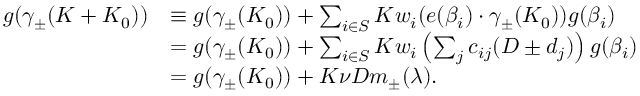
\begin{array} { r l } { g ( \gamma _ { \pm } ( K + K _ { 0 } ) ) } & { \equiv g ( \gamma _ { \pm } ( K _ { 0 } ) ) + \sum _ { i \in S } K w _ { i } ( e ( \beta _ { i } ) \cdot \gamma _ { \pm } ( K _ { 0 } ) ) g ( \beta _ { i } ) } \\ & { = g ( \gamma _ { \pm } ( K _ { 0 } ) ) + \sum _ { i \in S } K w _ { i } \left( \sum _ { j } c _ { i j } ( D \pm d _ { j } ) \right) g ( \beta _ { i } ) } \\ & { = g ( \gamma _ { \pm } ( K _ { 0 } ) ) + K \nu D m _ { \pm } ( \lambda ) . } \end{array}